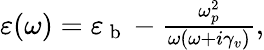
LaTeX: \begin{array}{r}{\varepsilon(\omega)=\varepsilon_{\mathrm{~b~}}-\frac{\omega_{p}^{2}}{\omega(\omega+i\gamma_{v})},}\end{array}